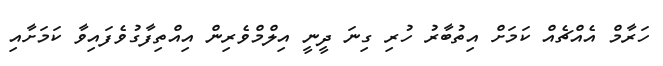
ހަރާމް އެއްޗެއް ކަމަށް އިތުބާރު ހުރި ގިނަ ދީނީ އިލްމްވެރިން އިއްތިފާގުވެފައިވާ ކަމަށާއި